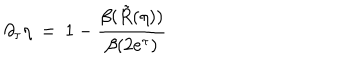
\partial _ { \tau } \eta \: = \: 1 - \frac { \beta ( \tilde { R } ( \eta ) ) } { \beta ( 2 e ^ { \tau } ) } \,